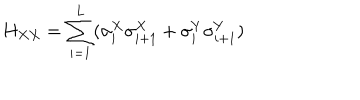
LaTeX: H _ { X X } = \sum _ { i = 1 } ^ { L } ( \sigma _ { i } ^ { X } \sigma _ { i + 1 } ^ { X } + \sigma _ { i } ^ { Y } \sigma _ { i + 1 } ^ { Y } )